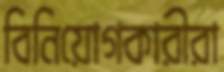
বিনিয়োগকারীরা